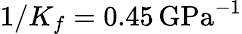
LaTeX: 1/K_{f}=0.45\, \mathrm{{GPa}^{-1}}